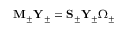
\begin{array} { r } { \mathbf { M } _ { \pm } \mathbf { Y } _ { \pm } = \mathbf { S } _ { \pm } \mathbf { Y } _ { \pm } \boldsymbol { \Omega } _ { \pm } } \end{array}